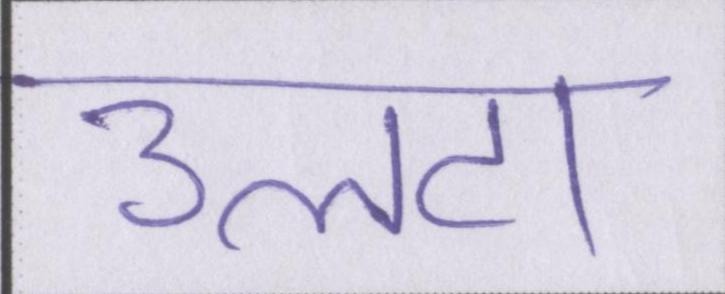
उलटा